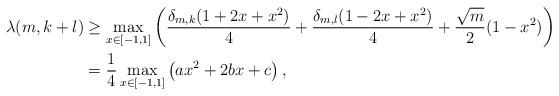
\begin{align*} \lambda(m,k+l)&\geq \max_{x\in[-1,1]}\left( \frac{\delta_{m,k}(1+2x+x^2)}{4}+ \frac{\delta_{m,l}(1-2x+x^2)}{4}+\frac{\sqrt{m}}{2}(1-x^2) \right)\\ &=\frac{1}{4}\max_{x\in [-1,1]}\left( ax^2+2 b x + c \right),\end{align*}